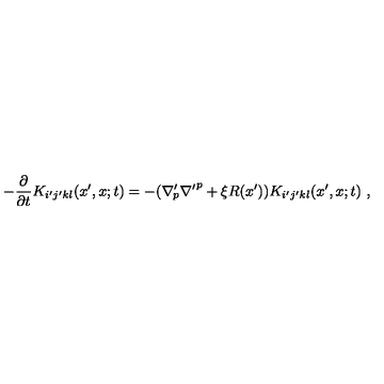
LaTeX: - \frac { \partial } { \partial t } K _ { i ^ { \prime } j ^ { \prime } k l } ( x ^ { \prime } , x ; t ) = - ( { \nabla ^ { \prime } } \! \! _ { p } { \nabla ^ { \prime } } ^ { p } + \xi R ( x ^ { \prime } ) ) K _ { i ^ { \prime } j ^ { \prime } k l } ( x ^ { \prime } , x ; t ) \ ,